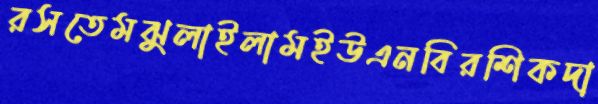
রসতেমঝুলাইলামইউএনবিরশিকদা